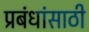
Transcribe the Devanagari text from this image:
प्रबंधांसाठी